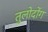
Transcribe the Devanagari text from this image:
तुलोदोंग